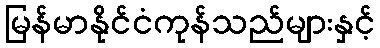
မြန်မာနိုင်ငံကုန်သည်များနှင့်